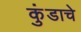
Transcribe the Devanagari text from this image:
कुंडाचे